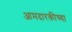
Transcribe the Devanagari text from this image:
आमदारकीच्या